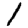
Digit: 1